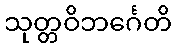
သုတ္တဝိဘင်္ဂေတိ